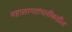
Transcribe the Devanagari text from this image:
महासागरांपलीकडील